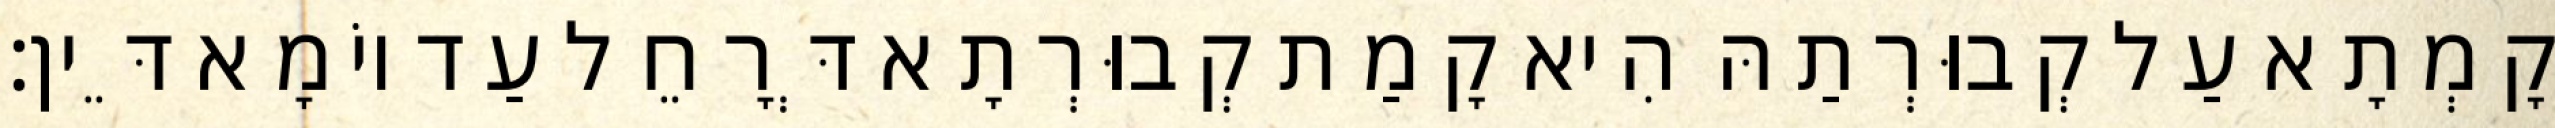
קָמְתָא עַל קְבוּרְתַהּ הִיא קָמַת קְבוּרְתָא דְּרָחֵל עַד יוֹמָא דֵּין׃